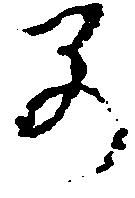
早